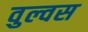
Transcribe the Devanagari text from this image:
वुल्वस